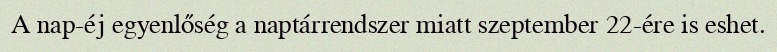
A nap-éj egyenlőség a naptárrendszer miatt szeptember 22-ére is eshet.